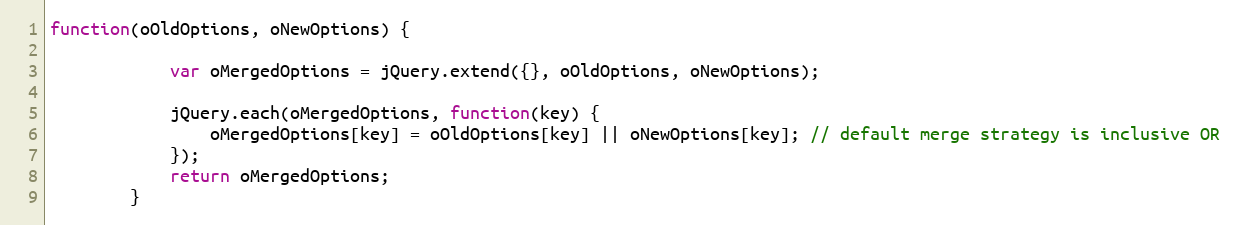
Language: JavaScript
function(oOldOptions, oNewOptions) {

			var oMergedOptions = jQuery.extend({}, oOldOptions, oNewOptions);

			jQuery.each(oMergedOptions, function(key) {
				oMergedOptions[key] = oOldOptions[key] || oNewOptions[key]; // default merge strategy is inclusive OR
			});
			return oMergedOptions;
		}